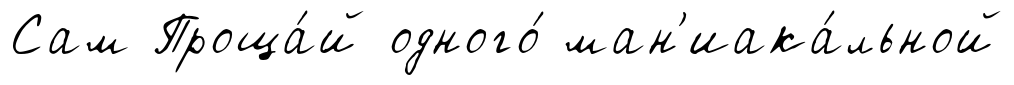
Сам Проща́й одного́ ман'иака́льной